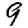
Digit: 9